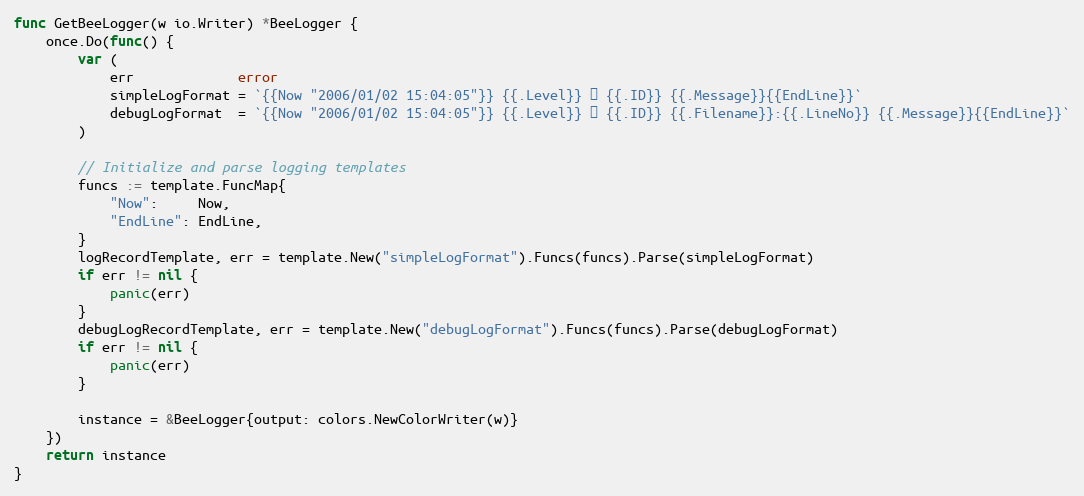
Language: Go
func GetBeeLogger(w io.Writer) *BeeLogger {
	once.Do(func() {
		var (
			err             error
			simpleLogFormat = `{{Now "2006/01/02 15:04:05"}} {{.Level}} ▶ {{.ID}} {{.Message}}{{EndLine}}`
			debugLogFormat  = `{{Now "2006/01/02 15:04:05"}} {{.Level}} ▶ {{.ID}} {{.Filename}}:{{.LineNo}} {{.Message}}{{EndLine}}`
		)

		// Initialize and parse logging templates
		funcs := template.FuncMap{
			"Now":     Now,
			"EndLine": EndLine,
		}
		logRecordTemplate, err = template.New("simpleLogFormat").Funcs(funcs).Parse(simpleLogFormat)
		if err != nil {
			panic(err)
		}
		debugLogRecordTemplate, err = template.New("debugLogFormat").Funcs(funcs).Parse(debugLogFormat)
		if err != nil {
			panic(err)
		}

		instance = &BeeLogger{output: colors.NewColorWriter(w)}
	})
	return instance
}